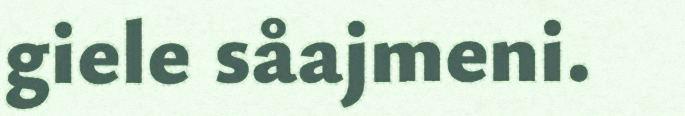
giele såajmeni.